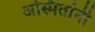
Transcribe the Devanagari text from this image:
अस्मितांनी